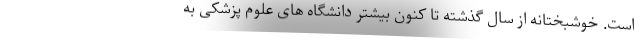
است. خوشبختانه از سال گذشته تا کنون بیشتر دانشگاه های علوم پزشکی به